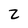
Character: Z